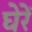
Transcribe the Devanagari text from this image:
घेरें